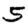
Digit: 5